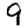
Digit: 9